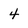
Character: 4